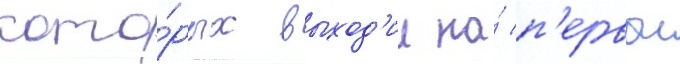
кото́рых выход'ил на́ п'ервои